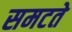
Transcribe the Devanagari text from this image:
समटते